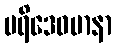
ပရိဒေဝမာနာ